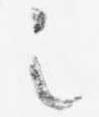
之